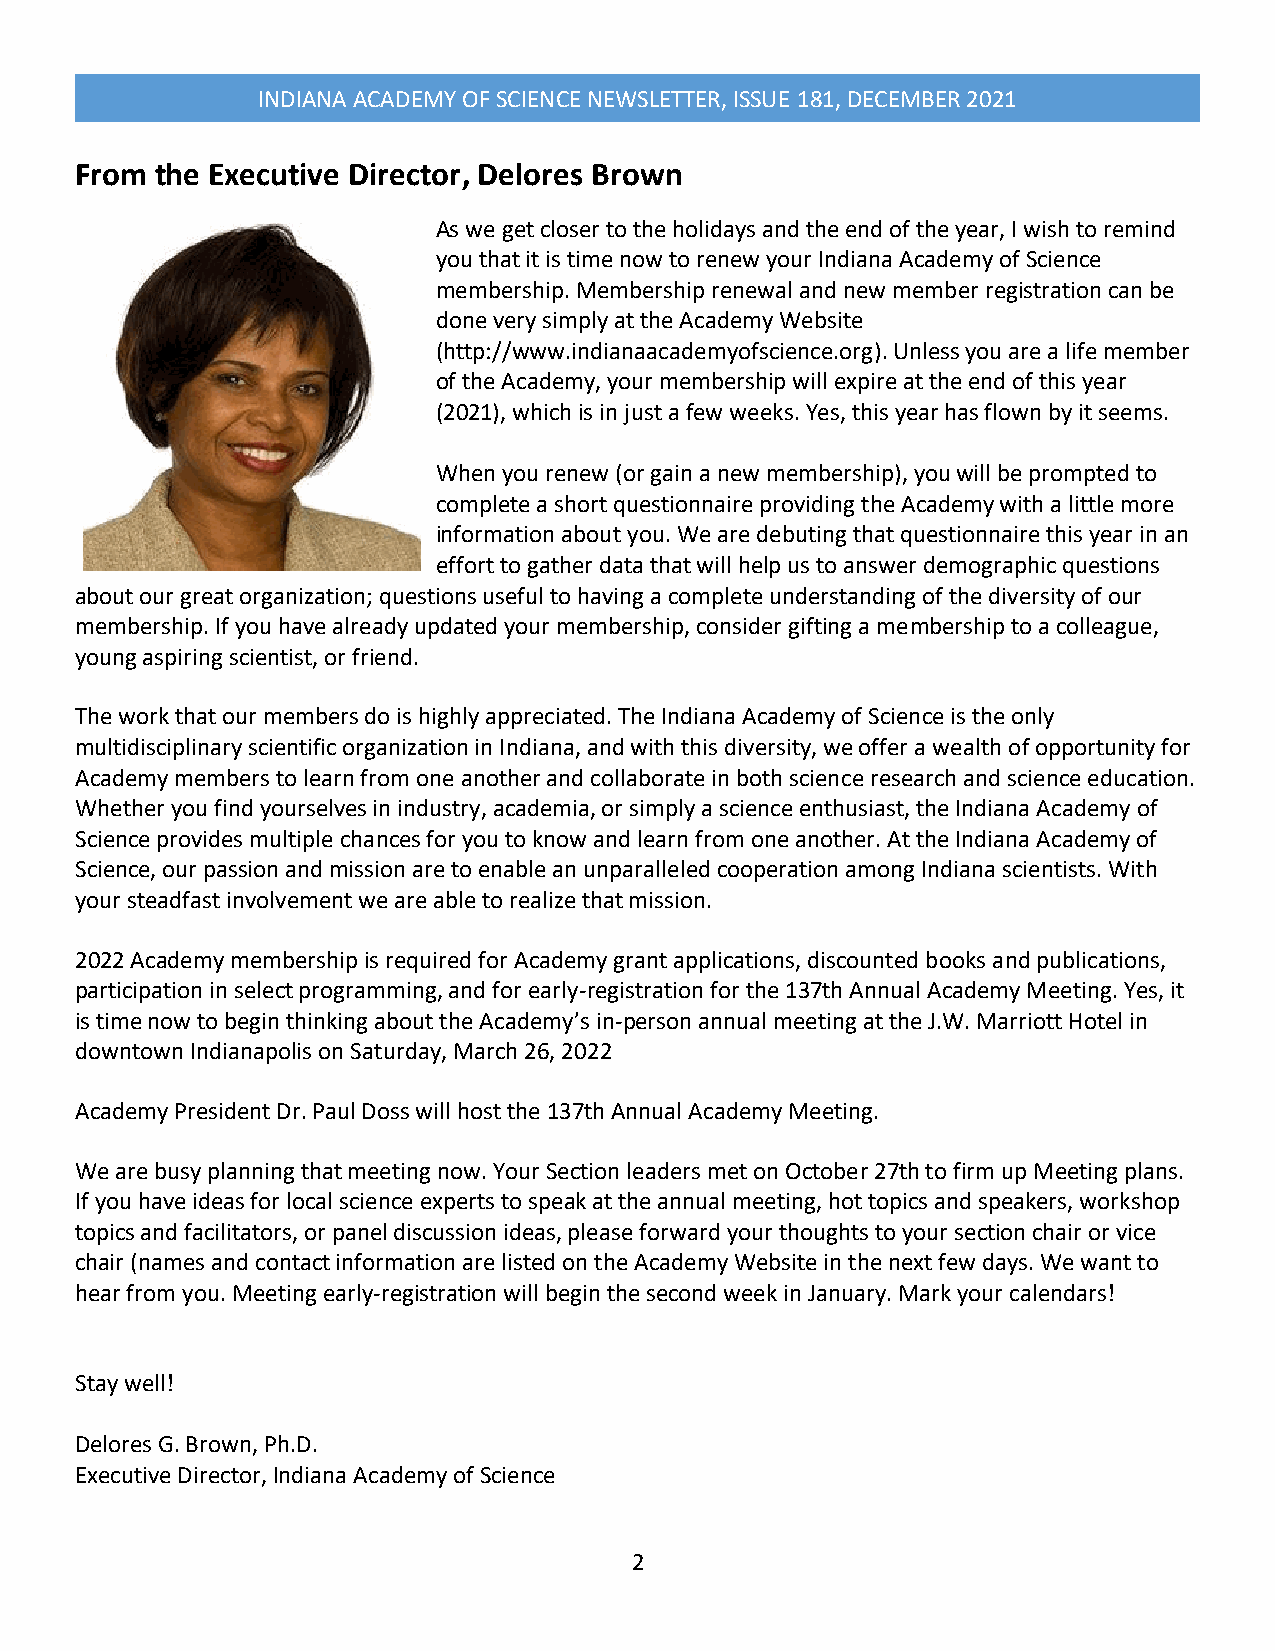
INDIANA ACADEMY OF SCIENCE NEWSLETTER, ISSUE 181, DECEMBER 2021
 From the Executive Director, Delores Brown
 As we get closer to the holidays and the end of the year, I wish to remind
 you that it is time now to renew your Indiana Academy of Science
 membership. Membership renewal and new member registration can be
 done very simply at the Academy Website
 (http://www.indianaacademyofscience.org). Unless you are a life member
 of the Academy, your membership will expire at the end of this year
 (2021), which is in just a few weeks. Yes, this year has flown by it seems.
 When you renew (or gain a new membership), you will be prompted to
 complete a short questionnaire providing the Academy with a little more
 information about you. We are debuting that questionnaire this year in an
 effort to gather data that will help us to answer demographic questions
 about our great organization; questions useful to having a complete understanding of the diversity of our
 membership. If you have already updated your membership, consider gifting a membership to a colleague,
 young aspiring scientist, or friend.
 The work that our members do is highly appreciated. The Indiana Academy of Science is the only
 multidisciplinary scientific organization in Indiana, and with this diversity, we offer a wealth of opportunity for
 Academy members to learn from one another and collaborate in both science research and science education.
 Whether you find yourselves in industry, academia, or simply a science enthusiast, the Indiana Academy of
 Science provides multiple chances for you to know and learn from one another. At the Indiana Academy of
 Science, our passion and mission are to enable an unparalleled cooperation among Indiana scientists. With
 your steadfast involvement we are able to realize that mission.
 2022 Academy membership is required for Academy grant applications, discounted books and publications,
 participation in select programming, and for early-registration for the 137th Annual Academy Meeting. Yes, it
 is time now to begin thinking about the Academy’s in-person annual meeting at the J.W. Marriott Hotel in
 downtown Indianapolis on Saturday, March 26, 2022
 Academy President Dr. Paul Doss will host the 137th Annual Academy Meeting.
 We are busy planning that meeting now. Your Section leaders met on October 27th to firm up Meeting plans.
 If you have ideas for local science experts to speak at the annual meeting, hot topics and speakers, workshop
 topics and facilitators, or panel discussion ideas, please forward your thoughts to your section chair or vice
 chair (names and contact information are listed on the Academy Website in the next few days. We want to
 hear from you. Meeting early-registration will begin the second week in January. Mark your calendars!
 Stay well!
 Delores G. Brown, Ph.D.
 Executive Director, Indiana Academy of Science
 2